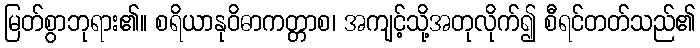
မြတ်စွာဘုရား၏။ စရိယာနုဝိဓာကတ္တာစ၊ အကျင့်သို့အတုလိုက်၍ စီရင်တတ်သည်၏